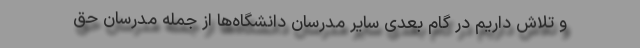
و تلاش داریم در گام بعدی سایر مدرسان دانشگاه‌ها از جمله مدرسان حق